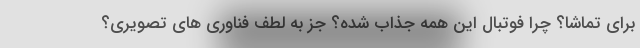
برای تماشا؟ چرا فوتبال این همه جذاب شده؟ جز به لطف فناوری های تصویری؟